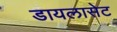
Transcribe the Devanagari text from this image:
डायलासेट